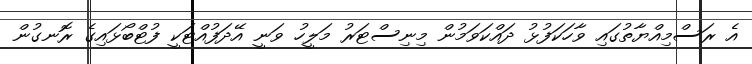
އެ ރަސްމިއްޔާތުގައި ވާހަކަފުޅު ދައްކަވަމުން މިނިސްޓަރު މަލީހު ވަނީ އޭދަފުއްޓަކީ ފުޓްބޯޅައިގެ ރޮނގުން